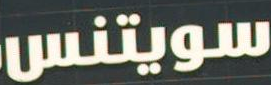
سويتنس